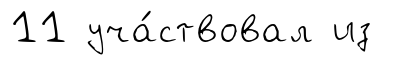
11 уча́ствовал из